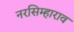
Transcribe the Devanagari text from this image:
नरसिम्हाराव